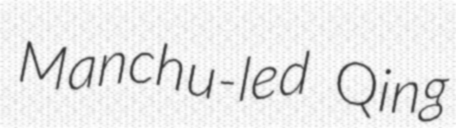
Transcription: Manchu-led Qing